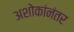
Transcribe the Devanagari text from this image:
अशोकांनंतर